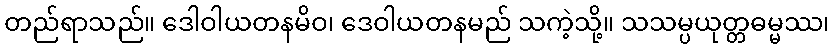
တည်ရာသည်။ ဒေါဝါယတနမိဝ၊ ဒေဝါယတနမည် သကဲ့သို့။ သသမ္ပယုတ္တဓမ္မဿ၊